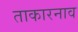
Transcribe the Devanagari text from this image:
ताकारनाव